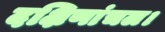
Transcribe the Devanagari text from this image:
दक्षिणांचल।